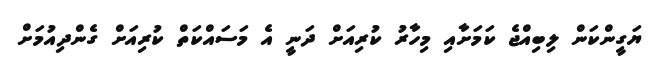
ޔަގީންކަން ލިބިއްޖެ ކަމަށާއި މިހާރު ކުރިއަށް ދަނީ އެ މަސައްކަތް ކުރިއަށް ގެންދިއުމަށް